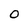
Character: O